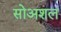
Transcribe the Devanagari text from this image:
सोअशल